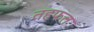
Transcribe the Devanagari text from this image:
तहफत